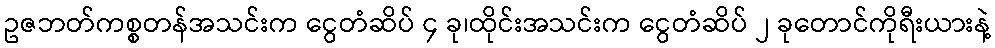
ဥဇဘတ်ကစ္စတန်အသင်းက ငွေတံဆိပ် ၄ ခု၊ထိုင်းအသင်းက ငွေတံဆိပ် ၂ ခုတောင်ကိုရီးယားနဲ့